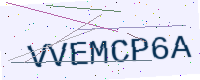
Text: VVEMCP6A